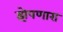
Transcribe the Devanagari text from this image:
झेपणारा